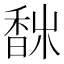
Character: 𩡀